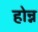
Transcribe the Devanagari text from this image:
होन्न